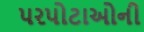
પરપોટાઓની